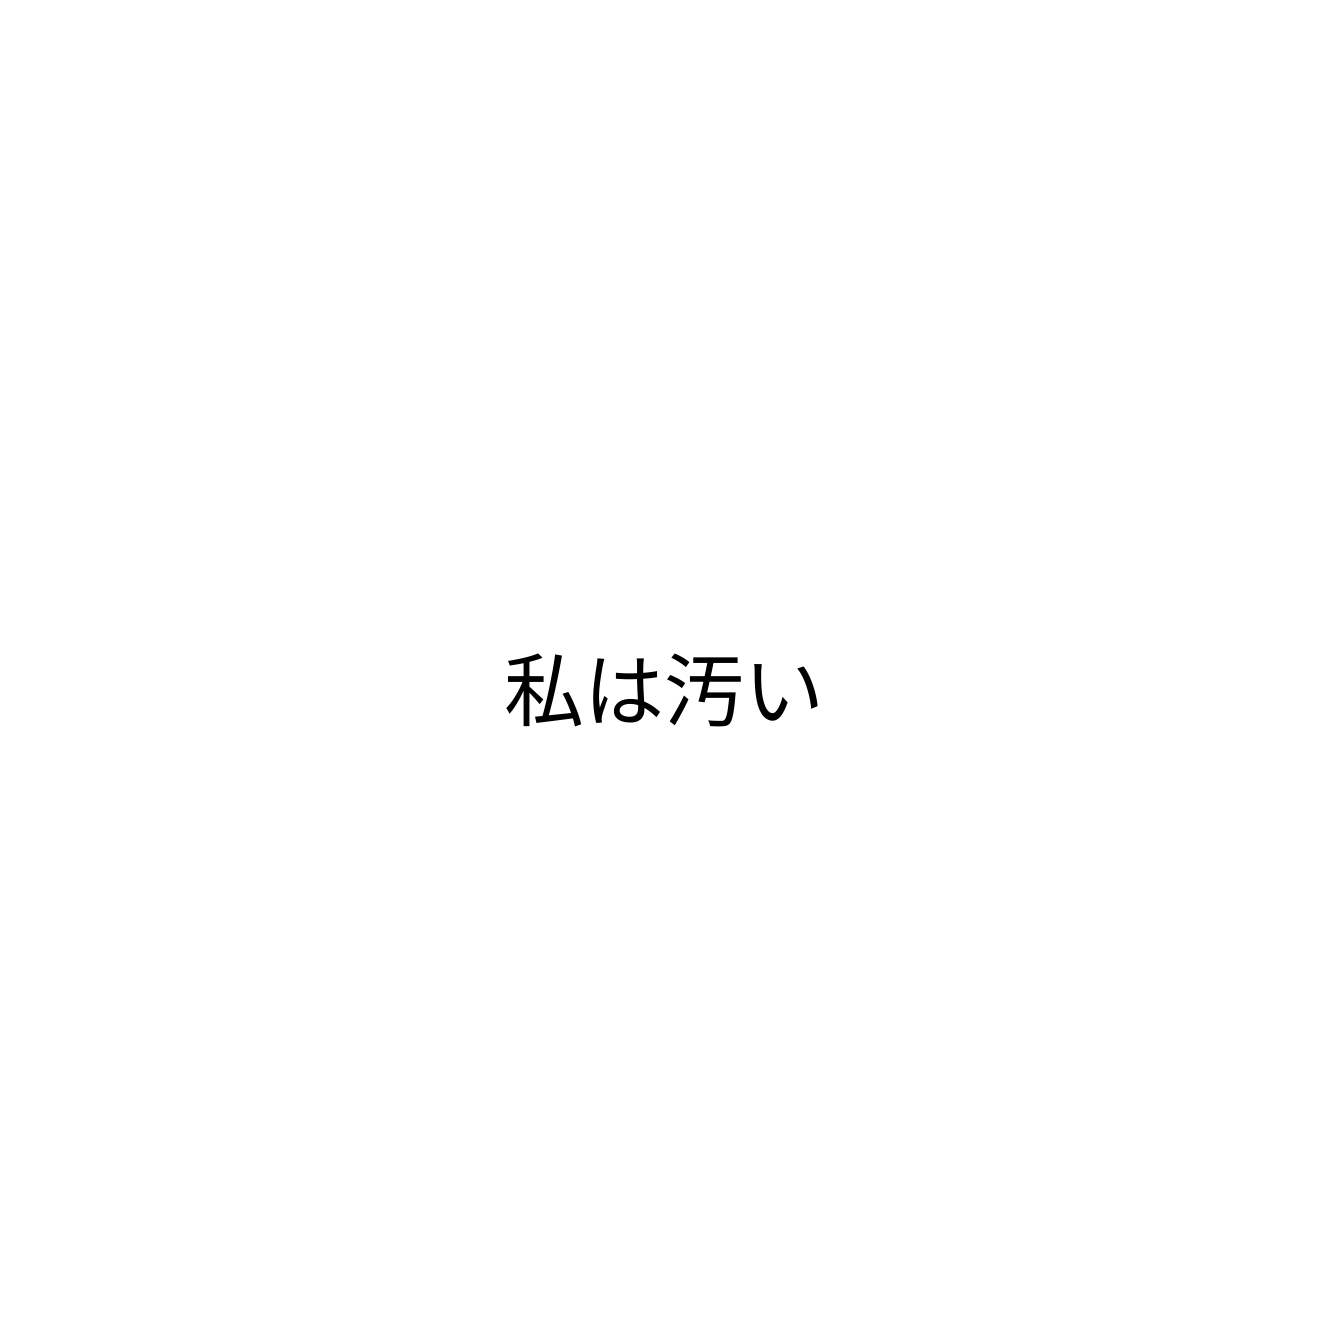
私は汚い